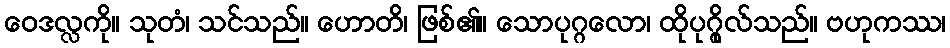
ဝေဒလ္လကို။ သုတံ၊ သင်သည်။ ဟောတိ၊ ဖြစ်၏။ သောပုဂ္ဂလော၊ ထိုပုဂ္ဂိုလ်သည်။ ဗဟုကဿ၊